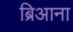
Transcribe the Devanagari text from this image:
ब्रिआना